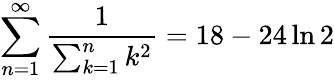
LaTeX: \sum_{n=1}^{\infty}{\frac{1}{\sum_{k=1}^{n}k^{2}}}=18-24\ln 2